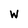
Character: w